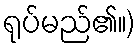
ရုပ်မည်၏။)